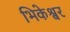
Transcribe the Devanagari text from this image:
भिकेश्वर